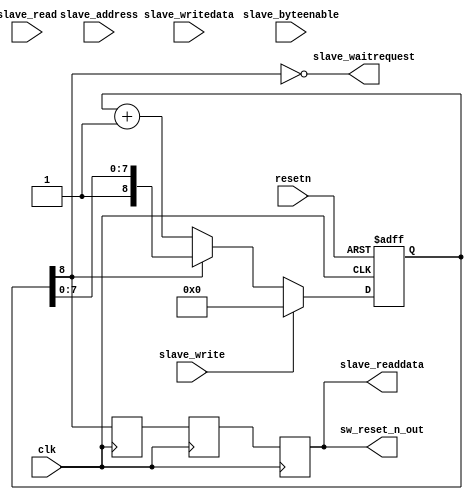
module sw_reset
#( 
  parameter WIDTH=32,
  parameter LOG2_RESET_CYCLES=8
)
(
   input clk,
   input resetn,

   // Slave port
   input slave_address,  // Word address
   input [WIDTH-1:0] slave_writedata,
   input slave_read,
   input slave_write,
   input [WIDTH/8-1:0] slave_byteenable,
   output slave_readdata,
   output slave_waitrequest,

   output reg       sw_reset_n_out
);

reg       sw_reset_n_out_r;
reg       sw_reset_n_out_r2;

reg [LOG2_RESET_CYCLES:0] reset_count;
initial  // Power up condition 
    reset_count <= {LOG2_RESET_CYCLES+1{1'b0}};
always@(posedge clk or negedge resetn)
  if (!resetn)
    reset_count <= {LOG2_RESET_CYCLES+1{1'b0}};
  else if (slave_write)
    reset_count <= {LOG2_RESET_CYCLES+1{1'b0}};
  else if (!reset_count[LOG2_RESET_CYCLES])
    reset_count <= reset_count + 2'b01;

always@(posedge clk)
  sw_reset_n_out = sw_reset_n_out_r;

// Allow additional stages to get to global clock buffers.
always@(posedge clk) sw_reset_n_out_r2 = reset_count[LOG2_RESET_CYCLES];
always@(posedge clk) sw_reset_n_out_r = sw_reset_n_out_r2;

assign slave_waitrequest = !reset_count[LOG2_RESET_CYCLES];
assign slave_readdata = sw_reset_n_out;
  
endmodule